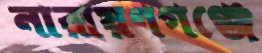
নারায়ণগঞ্জে